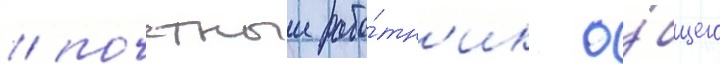
/ почетныи рабо́тн'ик о́бщего